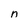
Character: n